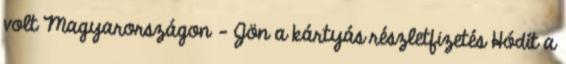
volt Magyarországon - Jön a kártyás részletfizetés Hódít a